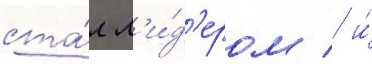
ста́л л'и́д'ером / и́